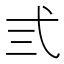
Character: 弎